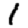
Digit: 1